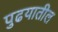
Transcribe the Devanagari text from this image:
पुढयातील